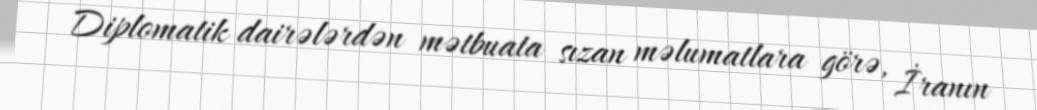
Diplomatik dairələrdən mətbuata sızan məlumatlara görə, İranın